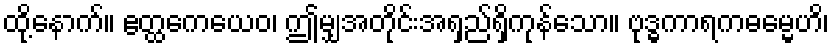
ထို့နောက်။ ဧတ္ထကေယေဝ၊ ဤမျှအတိုင်းအရှည်ရှိကုန်သော။ ဗုဒ္ဓကာရကဓမ္မေဟိ၊